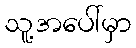
သူ့အပေါ်မှာ